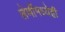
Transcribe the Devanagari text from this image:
लेणींमध्येही